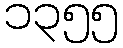
၁၃၅၅